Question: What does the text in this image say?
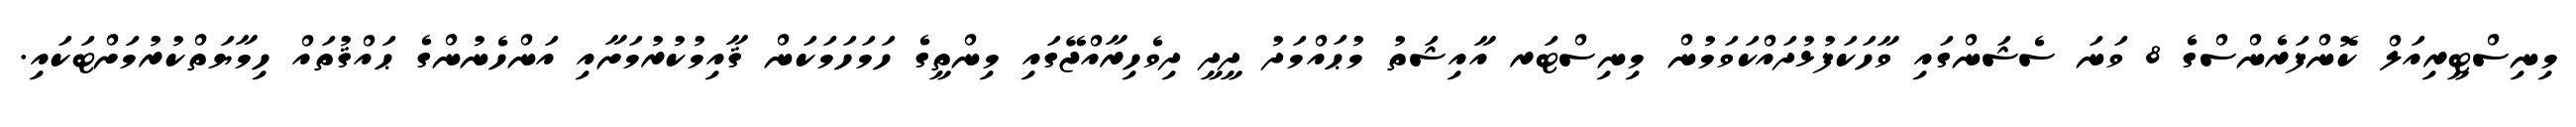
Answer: މިނިސްޓީރިއަލް ކޮންފަރެންސްގެ 8 ވަނަ ސެޝަންގައި ވާހަކަފުޅުދައްކަވަމުން މިނިސްޓަރ އާއިޝަތު މުޙައްމަދު ދީދީ ދިވެހިރާއްޖޭގައި މިންތީގެ ހަމަހަމަކަން ޤާއިމުކުރުމަށާއި އަންހެނުންގެ ޙައްޤުތައް ހިމާޔަތްކުރުމަށްޓަކައި.